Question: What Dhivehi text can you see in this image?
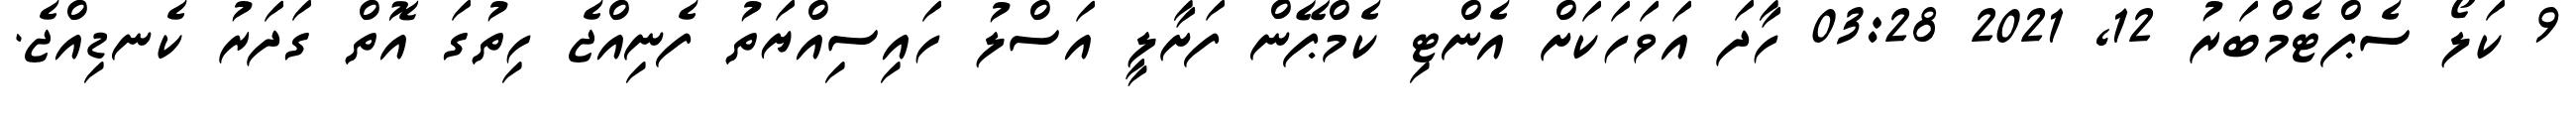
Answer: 9 ކަލޯ ސެޕްޓެމްބަރު 12, 2021 03:28 ހާދަ އަވަހަކަށް އެންޓި ކެމްޕޭން ފަށާލީ އަސްލު ހައިސިއްޔަތު ފެނިއްޖެ ހިތުގަ އޮތް ގަދަރު ކެނޑިއްޖެ.